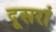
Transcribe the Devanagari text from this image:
दूसरां